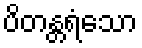
ပိတန္တရံသော